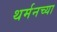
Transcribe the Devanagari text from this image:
थर्मनच्या